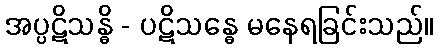
အပ္ပဋိသန္ဓိ - ပဋိသန္ဓေ မနေရခြင်းသည်။